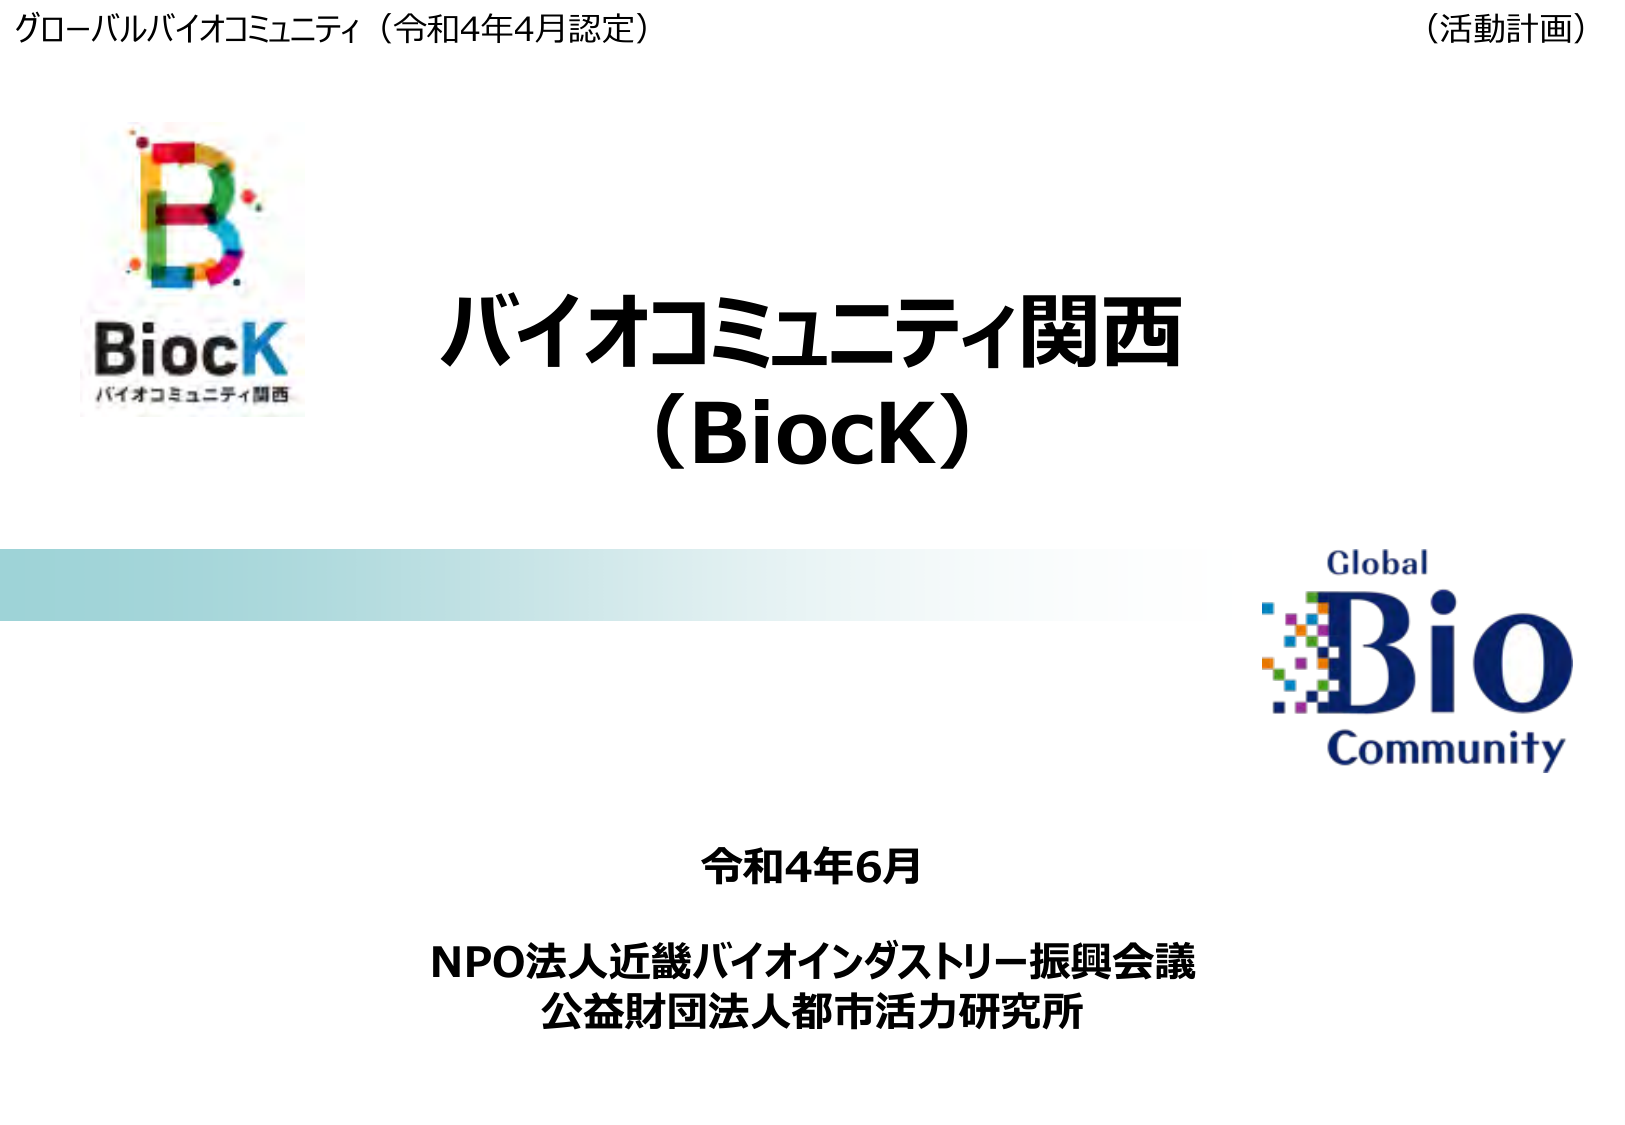
グローバルバイオコミュニティ（令和4年4月認定）
（活動計画）

BiocK
バイオコミュニティ関西

バイオコミュニティ関西
（BiocK）

Global
Bio
Community

令和4年6月
NPO法人近畿バイオインダストリー振興会議
公益財団法人都市活力研究所